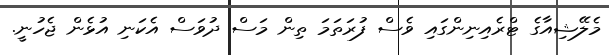
މެލޭޝިއާގެ ޓްރެއިނިންގައި ވެސް ފުރަތަމަ ތިން މަސް ދުވަސް އެކަނި އުޅެން ޖެހުނީ.